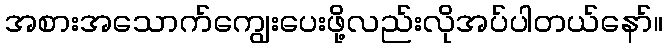
အစားအသောက်ကျွေးပေးဖို့လည်းလိုအပ်ပါတယ်နော်။